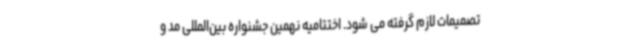
تصمیمات لازم گرفته می شود. اختتامیه نهمین جشنواره بین‌المللی مد و